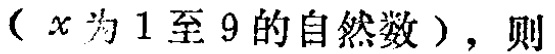
（\(x\)为\(1\)至\(9\)的自然数），则